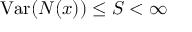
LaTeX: \operatorname { V a r } ( N ( x ) ) \leq S < \infty